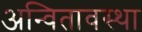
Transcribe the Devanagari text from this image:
अन्वितावस्था